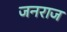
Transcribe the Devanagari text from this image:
जनराज